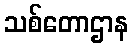
သစ်တောဌာန